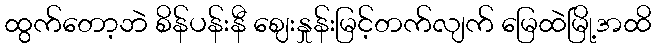
ထွက်တော့ဘဲ စိန်ပန်းနီ ဈေးနှုန်းမြင့်တက်လျက် မြေထဲမြို့အထိ